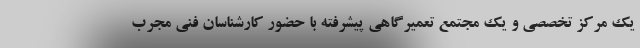
یک مرکز تخصصی و یک مجتمع تعمیرگاهی پیشرفته با حضور کارشناسان فنی مجرب